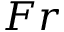
F r